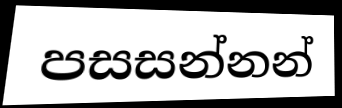
පසසන්නන්